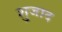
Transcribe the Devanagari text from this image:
शुजाद